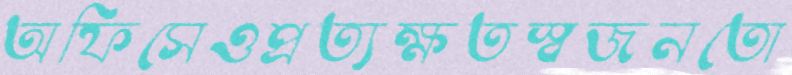
অফিসেওপ্রত্যক্ষতস্বজনতো